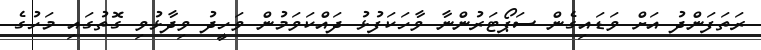
ރަތަފަންދު އަށް ވަޑައިގެން ސަޕޯޓަރުންނާ ވާހަކަފުޅު ދައްކަވަމުން ވަހީދު ވިދާޅުވި ގޮތުގައި މަހުގެ